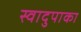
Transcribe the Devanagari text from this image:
स्वादुपाका